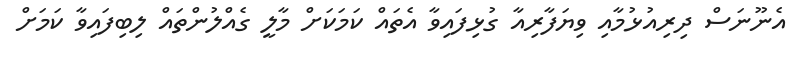
އެނޫނަސް ދިރިއުޅުމާއި ވިޔަފާރިއާ ގުޅިފައިވާ އެތައް ކަމަކަށް މާލީ ގެއްލުންތައް ލިބިފައިވާ ކަމަށް